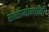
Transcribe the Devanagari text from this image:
सत्सामान्यांनी